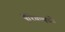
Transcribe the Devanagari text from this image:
यूरियामध्ये